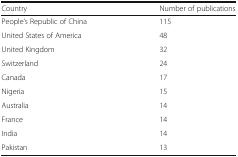
<table><thead><tr><td><b>Country</b></td><td><b>Number of publications</b></td></tr></thead><tbody><tr><td>People’s Republic of China</td><td>115</td></tr><tr><td>United States of America</td><td>48</td></tr><tr><td>United Kingdom</td><td>32</td></tr><tr><td>Switzerland</td><td>24</td></tr><tr><td>Canada</td><td>17</td></tr><tr><td>Nigeria</td><td>15</td></tr><tr><td>Australia</td><td>14</td></tr><tr><td>France</td><td>14</td></tr><tr><td>India</td><td>14</td></tr><tr><td>Pakistan</td><td>13</td></tr></tbody></table>